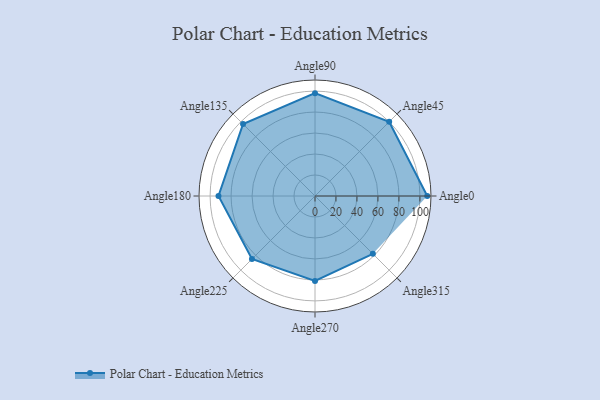
{"axis": {"x": "Angle", "y": "Radius"}, "legend": [""], "data": [{"x": "Angle0", "y": 107.0, "type": ""}, {"x": "Angle45", "y": 100.0, "type": ""}, {"x": "Angle90", "y": 98.0, "type": ""}, {"x": "Angle135", "y": 97.0, "type": ""}, {"x": "Angle180", "y": 92.0, "type": ""}, {"x": "Angle225", "y": 85.0, "type": ""}, {"x": "Angle270", "y": 81.0, "type": ""}, {"x": "Angle315", "y": 78.0, "type": ""}]}